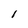
Character: 1